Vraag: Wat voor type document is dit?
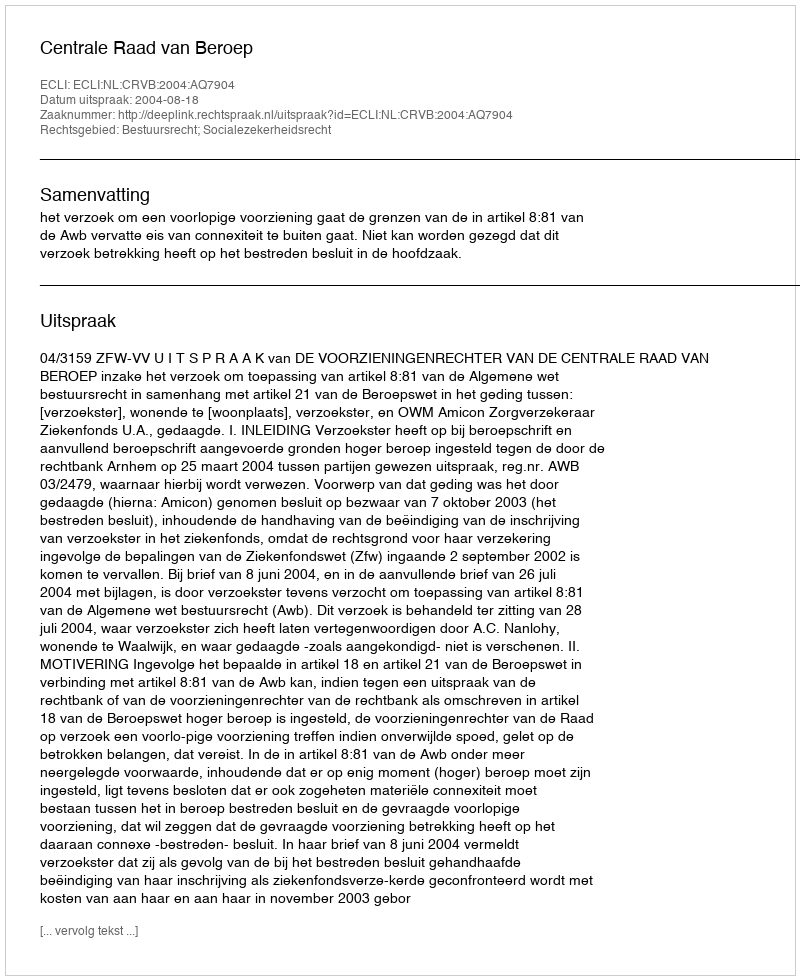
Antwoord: Uitspraak